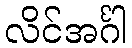
လိင်အင်္ဂါ